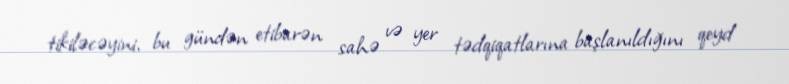
tikiləcəyini, bu gündən etibarən sahə və yer tədqiqatlarına başlanıldığını qeyd